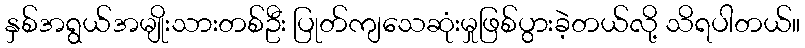
နှစ်အရွယ်အမျိုးသားတစ်ဦး ပြုတ်ကျသေဆုံးမှုဖြစ်ပွားခဲ့တယ်လို့ သိရပါတယ်။